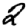
Digit: 2